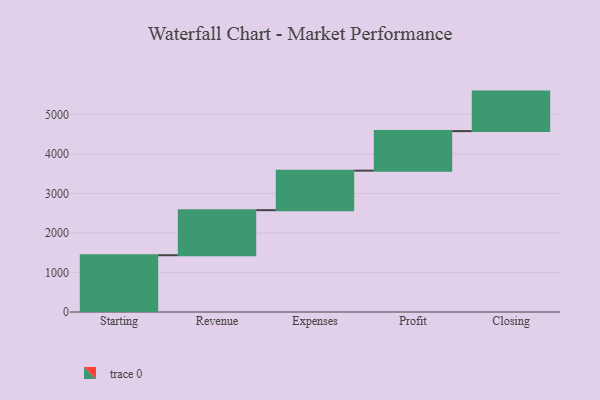
{"axis": {"x": "Step", "y": "Value"}, "legend": [""], "data": [{"x": "Starting", "y": 1437.0, "type": ""}, {"x": "Revenue", "y": 1140.0, "type": ""}, {"x": "Expenses", "y": 1000, "type": ""}, {"x": "Profit", "y": 1000, "type": ""}, {"x": "Closing", "y": 1000, "type": ""}]}